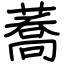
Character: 蕎